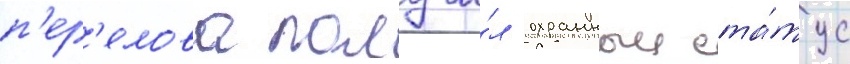
п'ер'елова получи́л охранныи ста́тус